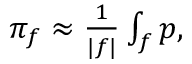
\begin{array} { r } { \pi _ { f } \approx \frac { 1 } { | f | } \int _ { f } p , } \end{array}